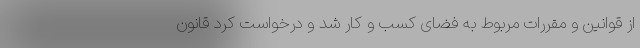
از قوانین و مقررات مربوط به فضای کسب و کار شد و درخواست کرد قانون